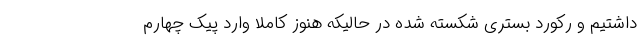
داشتیم و رکورد بستری شکسته شده در حالیکه هنوز کاملا وارد پیک چهارم